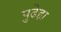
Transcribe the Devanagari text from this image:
पुढेहा